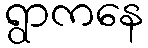
ရွာကနေ